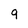
Character: 9